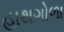
હાથગોળા